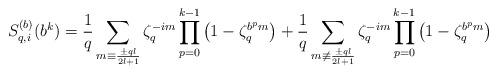
LaTeX: \begin{align*} S^{(b)}_{q,i}(b^k)=\frac{1}{q}\sum_{m\equiv \frac{\pm ql}{2l+1}}\zeta_q^{-im}\prod_{p=0}^{k-1}\left(1-\zeta_q^{b^pm}\right)+\frac{1}{q}\sum_{m\not\equiv \frac{\pm ql}{2l+1}}\zeta_q^{-im}\prod_{p=0}^{k-1}\left(1-\zeta_q^{b^pm}\right) \end{align*}